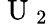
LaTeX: \mathrm{~U~}_{2}